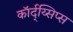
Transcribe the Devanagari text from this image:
कॉर्द्य्सिप्स